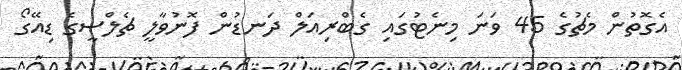
އެގޮތުން މެޗުގެ 45 ވަނަ މިނެޓުގައި ގެބްރިއަލް ދަނޑުން ފޮނުވާލީ ޗެލްސީގެ ޑިއޭގޯ